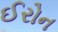
ઈરોન